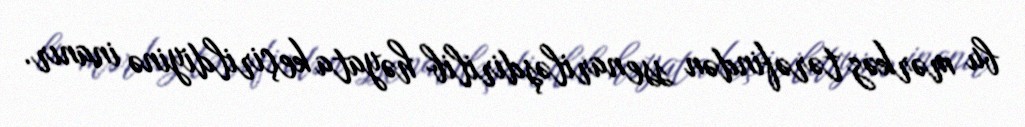
bu mərkəz tərəfindən ssenariləşdirilib həyata keçirildiyinə inanır.